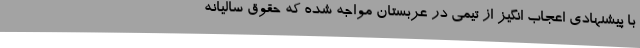
با پیشنهادی اعجاب انگیز از تیمی در عربستان مواجه شده که حقوق سالیانه